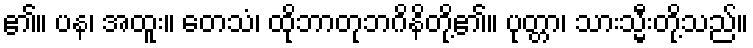
၏။ ပန၊ အထူး။ တေသံ၊ ထိုဘာတုဘဂိနိတို့၏။ ပုတ္တာ၊ သားသ္မီးတို့သည်။